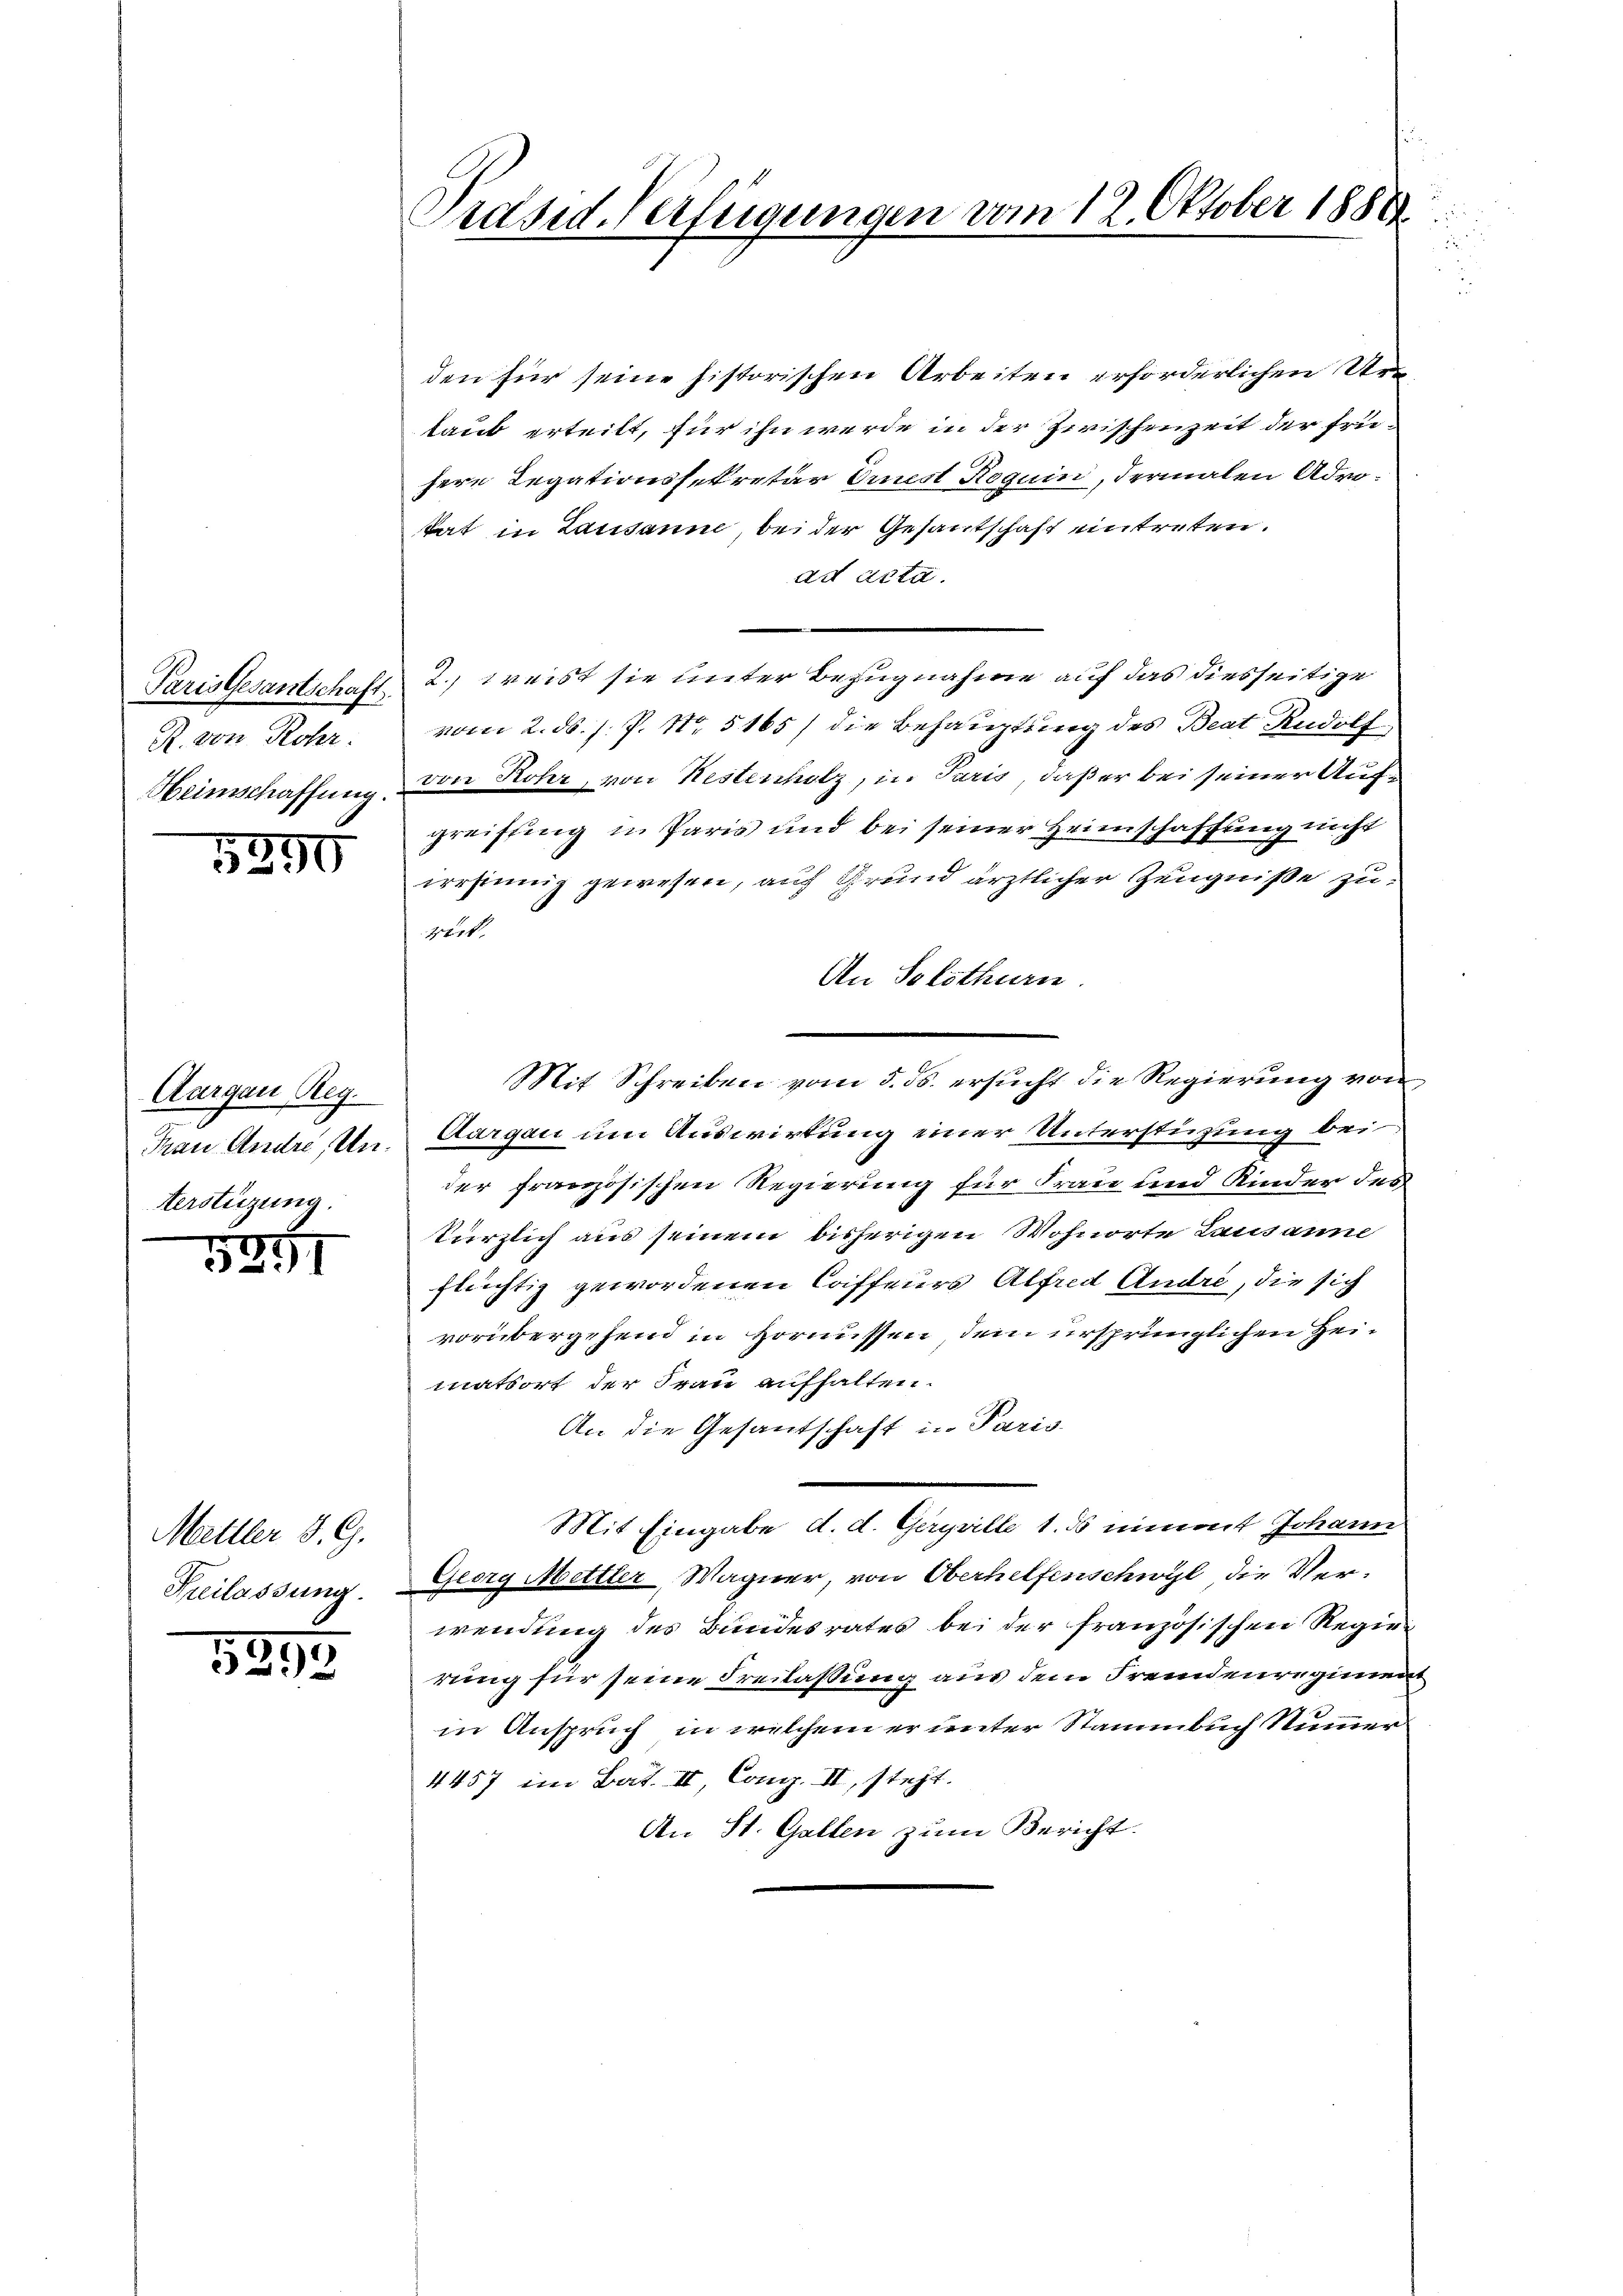
R. von Rohr.

1896

Aargau Reg.
Frau Andre, Unterstüzung.

5251

Mettler S. G.
Freilassung.

1895

n
Präsid. Verfügungen vom 12. Oktober 1888

den für seine historischen Arbeiten erforderlichen Urtaub erteilt, für ihn werde in der Zwischenzeit der frühere Legationssekretär einest Roguin, dermalen Admtat in Lausanne, bei der Gesantschaft entreten.
ad acta.
Paristesantschaft 2., weist sie unter Bezugnahme auf das diesseitige
vom 2. ds. s. P. Nr. 5165) die Behauptung des Beat Rudolf
Heimschaffung von Rohr, von Restenholz, in Paris, daß er bei seiner Aufgreiffing in Paris und bei seiner Heimschaffung nicht
irrsinnig gewesen, auf Grund ärztlicher Zeugniße zugert.
An Solothurn.
Mit Schreiben vom 5. ds. ersucht die Regierung von
Aargau um Auswirkung einer Unterstüzung bei
der französischen Regierung für Frau und Kinder des
kürzlich aus seinem bisherigen Wohnorte Lausanne
flüchtig gewordenen Caffeurs Alfred Andre, die sich
vorübergehend in Hornussen dem ursprünglichen Heimatsort der Frau aufhalten.
An die Gesandschaft in Paris.
Mit Eingabe d. d. Geryrille 1. ds nimmt Johann
Georg Mettler, Wagner, von Oberhelfenschwyl die Verwendung des Bundesrates bei der französischen Regierung für seine Freilassung aus dem Fremdenregimen
in Anspruch, in welchem er unter Stammbuch Nummer
4457 im Bat. II Cong. II, steht.
An St. Gallen zum Bericht.